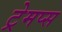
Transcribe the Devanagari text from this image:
ट्रेमप्स